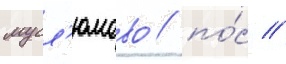
мусл'юмово / по́с //